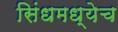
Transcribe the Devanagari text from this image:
सिंधमध्येच